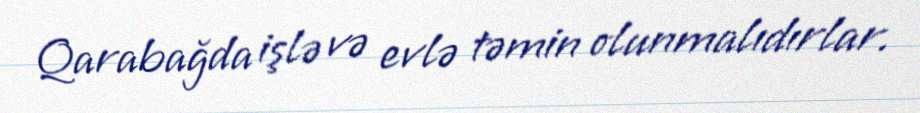
Qarabağda işlə və evlə təmin olunmalıdırlar.